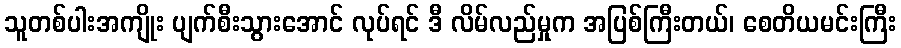
သူတစ်ပါးအကျိုး ပျက်စီးသွားအောင် လုပ်ရင် ဒီ လိမ်လည်မှုက အပြစ်ကြီးတယ်၊ စေတိယမင်းကြီး